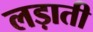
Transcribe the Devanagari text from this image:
लड़ाती